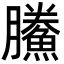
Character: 鰧